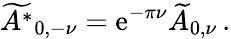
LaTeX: \widetilde{A^{*}}_{0,-\nu}=\mathrm{e}^{-\pi\nu}\widetilde{A}_{0,\nu}\, .